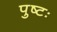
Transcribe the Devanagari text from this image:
पुष्टः